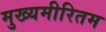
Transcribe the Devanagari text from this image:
मुख्यमीरितम